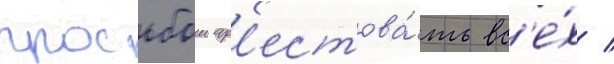
просьбои ар'естова́ть вс'е́х /